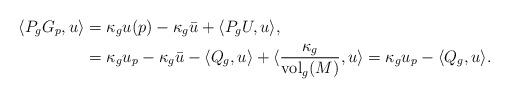
LaTeX: \begin{align*}\langle P_gG_p,u \rangle&=\kappa_g u(p) - \kappa_g \bar{u} + \langle P_gU,u \rangle ,\\&=\kappa_g u_p - \kappa_g\bar{u} - \langle Q_g,u \rangle + \langle \frac{\kappa_g}{\mathrm{vol}_g(M)},u \rangle =\kappa_g u_p - \langle Q_g,u \rangle. \end{align*}